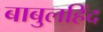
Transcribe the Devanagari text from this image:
बाबुलहिंद